Annual report of the Punjab Veterinary College and of the Civil Veterinary Department, Punjab - 1894-1908
Year: 1894
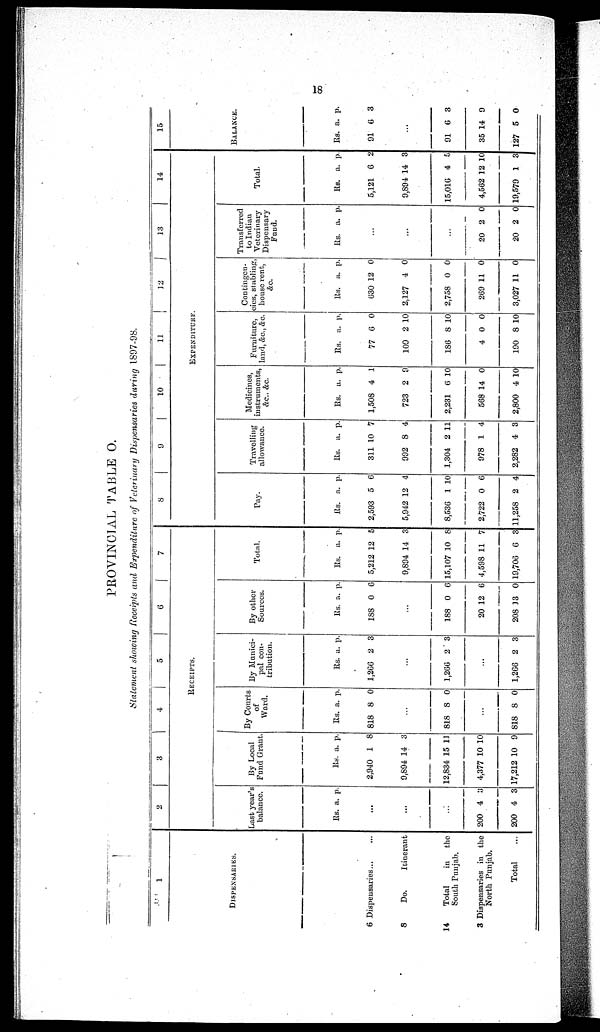
18
PROVINCIAL TABLE O.
Statement showing Receipts and Expenditure of Veterinary Dispensaries during 1897-98.
1
DISPENSARIES.
6 Dispensaries ... ...
8
Do.
Itinerant
14
Total
in
the
South Punjab.
3 Dispensaries in the
North Punjab.
Total
2
3
4
5
6
7
RECEIPTS.
Last year's
balance.
Rs. a. p.
...
...
...
200
200
4
4
3
3
By Local
Fund Grant.
Rs.
2,940
9,894
12,834
4,377
17,212
a.
1
14
15
10
10
p.
8
3
11
10
9
By Courts
of
Ward.
Rs.
818
a.
8
p.
0
...
818 8 0
...
818 8 0
By Munici-
pal con-
tribution.
Rs.
1,266
a.
2
p.
3
...
1,200 2 3
...
1,266 2 3
By other
Sources.
Rs.
188
a.
0
p.
6
...
188
20
208
0
12
13
6
6
0
Total.
Rs.
5,212
9,894
15,107
4,598
19,706
a.
12
14
10
11
6
p.
5
3
8
7
3
8
9
10
11
1 2
13
14
EXPENDITURE.
Pay.
Rs.
2,593
5,942
8,536
2,722
11,258
a.
5
12
1
0
2
p.
6
4
10
6
4
Travelling
allowance.
Rs.
311
992
1,304
978
2,282
a.
10
8
2 1
1
4
p.
7
4
1
4
3
Medicines
instruments,
&c., &c.
Rs.
1,508
723
2,231
568
2,800
a.
4
2
0
14
4
p.
1
9
10
0
10
Furniture
land, &c.&c.
Rs.
77
109
186
4
190
a.
6
2
8
0
8
p.
0
10
10
0
10
Contingen-
cies, stabling,
house rent
&c.
Rs.
630
2,127
2,758
209
3,027
a.
12
4
0
11
11
p.
0
0
0
0
0
Transferred
to Indian
Veterinary
Dispensary
Fund.
Rs. a. p.
...
...
...
20
20
2
2
0
0
Total.
Rs.
5,121
9,894
15,016
4,562
19,579
a.
6
14
4
12
1
p.
2
3
5
10
3
15
BALANCE.
Rs.
91
a.
6
p.
3
...
91
35
127
6
14
5
3
9
0